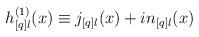
LaTeX: \begin{align*}h_{[q]l}^{(1)}(x) \equiv j_{[q]l}(x) + i n_{[q]l}(x)\end{align*}